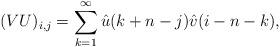
LaTeX: \begin{align*}(VU)_{i,j}=\sum_{k=1}^{\infty}\hat{u}(k+n-j)\hat{v}(i-n-k), \end{align*}